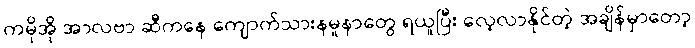
ကမိုအို အာလဗာ ဆီကနေ ကျောက်သားနမူနာတွေ ရယူပြီး လေ့လာနိုင်တဲ့ အချိန်မှာတော့